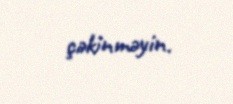
çəkinməyin.